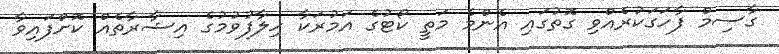
ގާސިމް ފާހަގަކުރެއްވި ގޮތުގައި އެންމެ މަތީ ކޯޓުގެ އަމުރަކާ ހިލާފުވުމުގެ އިޝާރާތެއް ކޮށްފައިވާ